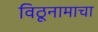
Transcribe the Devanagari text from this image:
विठूनामाचा